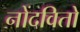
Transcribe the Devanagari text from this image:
नोंदवितो